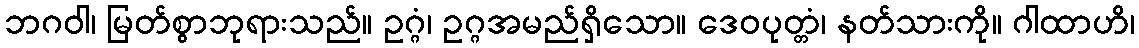
ဘဂဝါ၊ မြတ်စွာဘုရားသည်။ ဥဂ္ဂံ၊ ဥဂ္ဂအမည်ရှိသော။ ဒေဝပုတ္တံ၊ နတ်သားကို။ ဂါထာဟိ၊